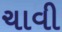
ચાવી